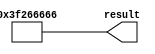
// megafunction wizard: %LPM_CONSTANT%
// GENERATION: STANDARD
// VERSION: WM1.0
// MODULE: LPM_CONSTANT 

// ============================================================
// Megafunction Name(s):
// 			LPM_CONSTANT
//
// Simulation Library Files(s):
// 			
// ============================================================
// ************************************************************
// THIS IS A WIZARD-GENERATED FILE. DO NOT EDIT THIS FILE!
//
// 13.0.1 Build 232 06/12/2013 SP 1 SJ Web Edition
// ************************************************************


//Copyright (C) 1991-2013 Altera Corporation
//Your use of Altera Corporation's design tools, logic functions 
//and other software and tools, and its AMPP partner logic 
//functions, and any output files from any of the foregoing 
//(including device programming or simulation files), and any 
//associated documentation or information are expressly subject 
//to the terms and conditions of the Altera Program License 
//Subscription Agreement, Altera MegaCore Function License 
//Agreement, or other applicable license agreement, including, 
//without limitation, that your use is for the sole purpose of 
//programming logic devices manufactured by Altera and sold by 
//Altera or its authorized distributors.  Please refer to the 
//applicable agreement for further details.


//lpm_constant CBX_AUTO_BLACKBOX="ALL" ENABLE_RUNTIME_MOD="NO" LPM_CVALUE=3F266666 LPM_WIDTH=32 result
//VERSION_BEGIN 13.0 cbx_lpm_constant 2013:06:12:18:03:40:SJ cbx_mgl 2013:06:12:18:04:42:SJ  VERSION_END
// synthesis VERILOG_INPUT_VERSION VERILOG_2001
// altera message_off 10463


//synthesis_resources = 
//synopsys translate_off
`timescale 1 ps / 1 ps
//synopsys translate_on
module  const_m_lpm_constant_k39
	( 
	result) ;
	output   [31:0]  result;


	assign
		result = 32'b00111111001001100110011001100110;
endmodule //const_m_lpm_constant_k39
//VALID FILE


// synopsys translate_off
`timescale 1 ps / 1 ps
// synopsys translate_on
module const_m (
	result);

	output	[31:0]  result;

	wire [31:0] sub_wire0;
	wire [31:0] result = sub_wire0[31:0];

	const_m_lpm_constant_k39	const_m_lpm_constant_k39_component (
				.result (sub_wire0));

endmodule

// ============================================================
// CNX file retrieval info
// ============================================================
// Retrieval info: PRIVATE: INTENDED_DEVICE_FAMILY STRING "Cyclone IV E"
// Retrieval info: PRIVATE: JTAG_ENABLED NUMERIC "0"
// Retrieval info: PRIVATE: JTAG_ID STRING "NONE"
// Retrieval info: PRIVATE: Radix NUMERIC "16"
// Retrieval info: PRIVATE: SYNTH_WRAPPER_GEN_POSTFIX STRING "0"
// Retrieval info: PRIVATE: Value NUMERIC "1059481190"
// Retrieval info: PRIVATE: nBit NUMERIC "32"
// Retrieval info: PRIVATE: new_diagram STRING "1"
// Retrieval info: LIBRARY: lpm lpm.lpm_components.all
// Retrieval info: CONSTANT: LPM_CVALUE NUMERIC "1059481190"
// Retrieval info: CONSTANT: LPM_HINT STRING "ENABLE_RUNTIME_MOD=NO"
// Retrieval info: CONSTANT: LPM_TYPE STRING "LPM_CONSTANT"
// Retrieval info: CONSTANT: LPM_WIDTH NUMERIC "32"
// Retrieval info: USED_PORT: result 0 0 32 0 OUTPUT NODEFVAL "result[31..0]"
// Retrieval info: CONNECT: result 0 0 32 0 @result 0 0 32 0
// Retrieval info: GEN_FILE: TYPE_NORMAL const_m.v TRUE
// Retrieval info: GEN_FILE: TYPE_NORMAL const_m.inc FALSE
// Retrieval info: GEN_FILE: TYPE_NORMAL const_m.cmp FALSE
// Retrieval info: GEN_FILE: TYPE_NORMAL const_m.bsf TRUE
// Retrieval info: GEN_FILE: TYPE_NORMAL const_m_inst.v FALSE
// Retrieval info: GEN_FILE: TYPE_NORMAL const_m_bb.v TRUE